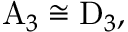
\mathrm { A } _ { 3 } \cong \mathrm { D } _ { 3 } ,